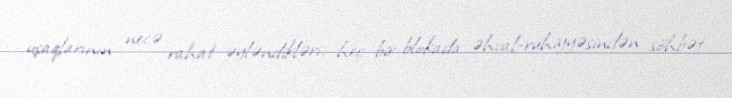
uşaqlarının necə rahat əyləndikləri, heç bir blokada əhval-ruhiyyəsindən söhbət